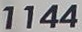
1144